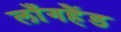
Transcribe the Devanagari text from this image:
लाँगहैंड